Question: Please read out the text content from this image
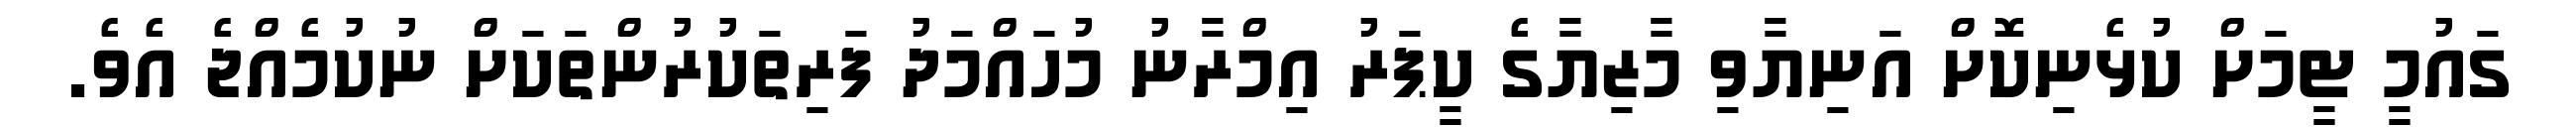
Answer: ގައުމީ ޓީމަށް ކުޅެނިކޮށް އަނިޔާވި މާޒިޔާގެ ކީޕަރު އިމްރާނު މުހައްމަދު ފަރިތަކުރުންތަކަށް ނުކުމެއްޖެ އެވެ.